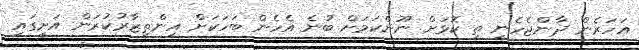
އަހަރެން ދާންޖެހެނީ ތި ކޮޅަށް ނޫންކަމަށް ބުނެ އެހެން ބަހަކަށް އިންތިޒާރުކުރަން އަށީގައި